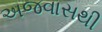
અજવાસથી